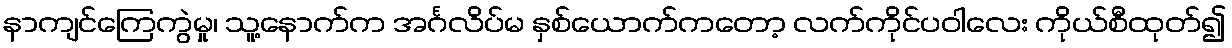
နာကျင်ကြေကွဲမှု၊ သူ့နောက်က အင်္ဂလိပ်မ နှစ်ယောက်ကတော့ လက်ကိုင်ပဝါလေး ကိုယ်စီထုတ်၍